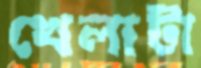
খেলাটা